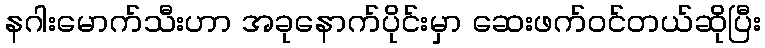
နဂါးမောက်သီးဟာ အခုနောက်ပိုင်းမှာ ဆေးဖက်ဝင်တယ်ဆိုပြီး